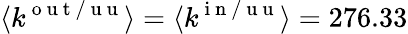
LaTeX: \langle k^{\mathrm{~o~u~t~/~u~u~}}\rangle=\langle k^{\mathrm{~i~n~/~u~u~}}\rangle=276.33